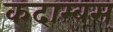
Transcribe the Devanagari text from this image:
कदाम्बस्